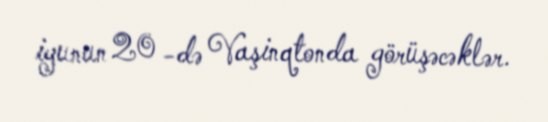
iyunun 20 -də Vaşinqtonda görüşəcəklər.